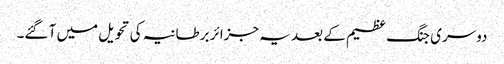
دوسری جنگ عظیم کے بعد یہ جزائر برطانیہ کی تحویل میں آ گئے۔